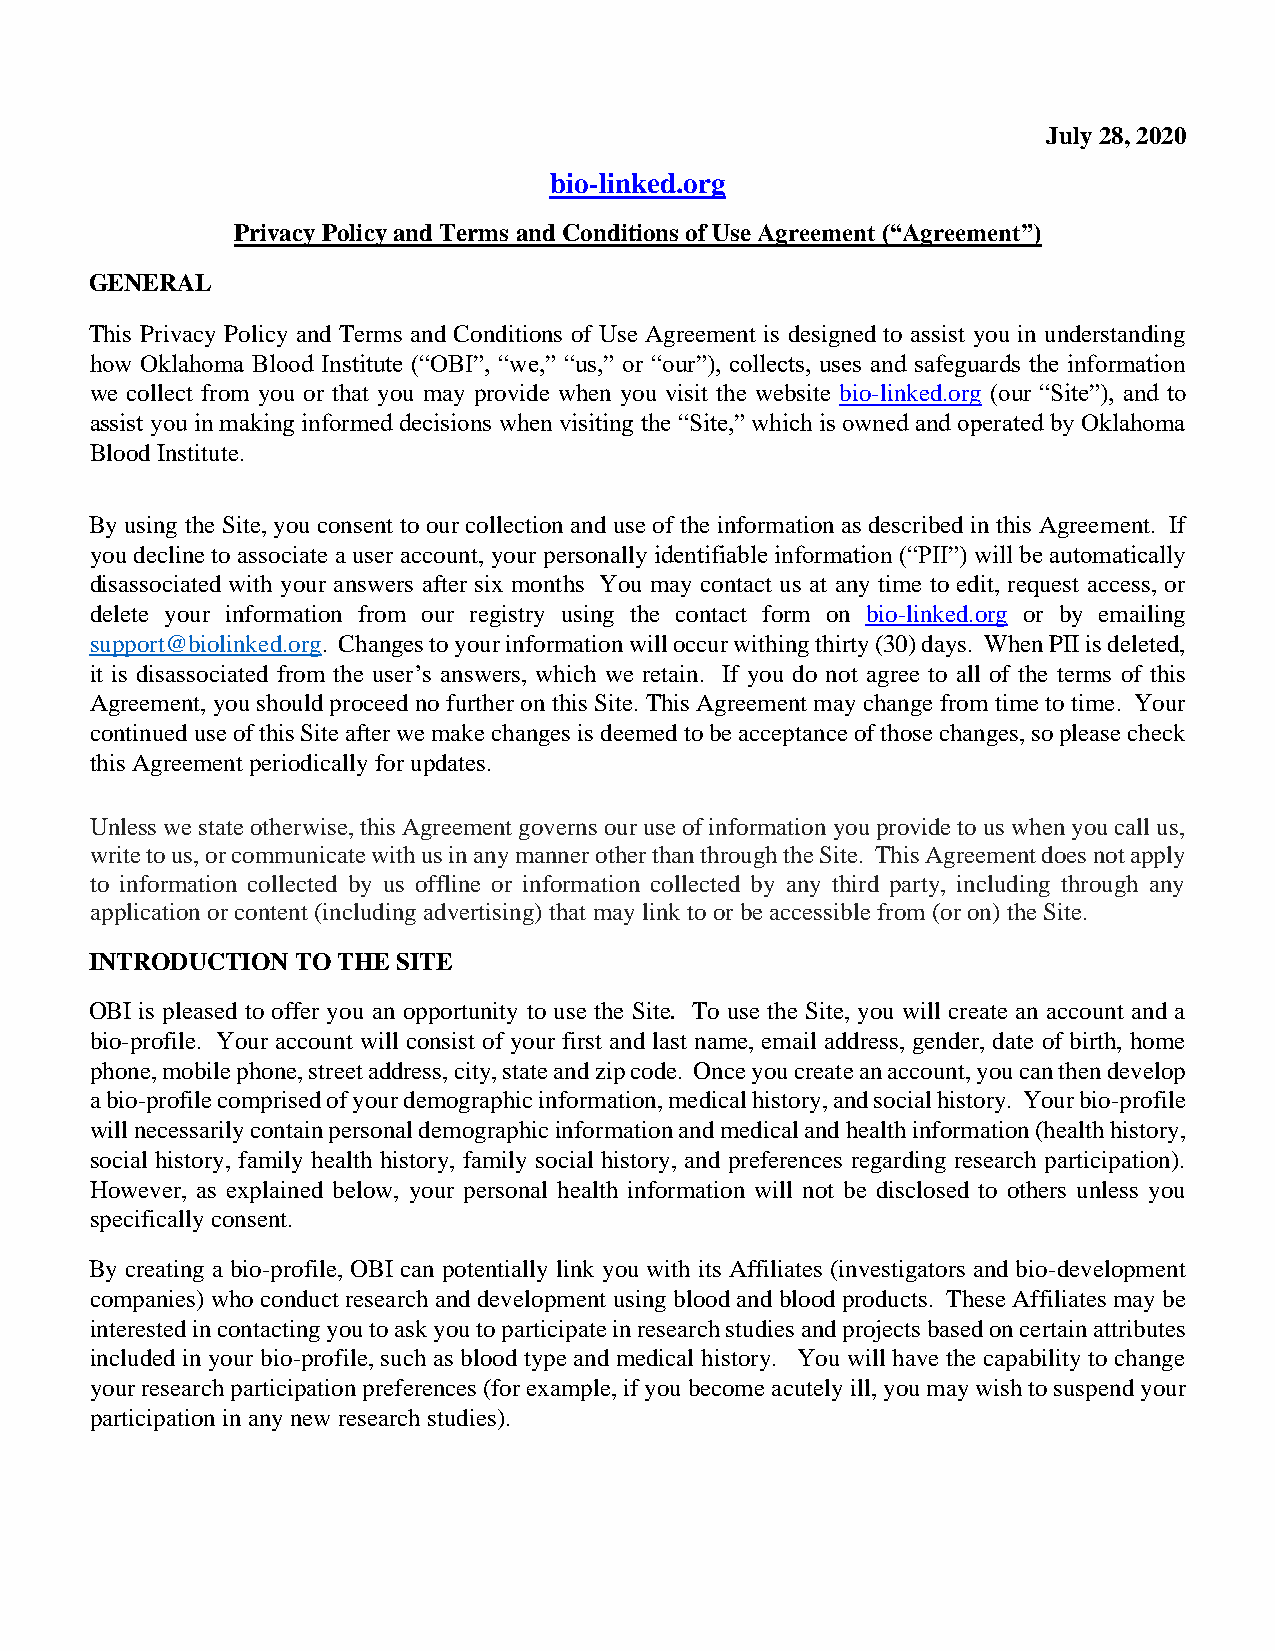
July 28, 2020
 bio-linked.org
 Privacy Policy and Terms and Conditions of Use Agreement (“Agreement”)
 GENERAL
 This Privacy Policy and Terms and Conditions of Use Agreement is designed to assist you in understanding
 how Oklahoma Blood Institute (“OBI”, “we,” “us,” or “our”), collects, uses and safeguards the information
 we collect from you or that you may provide when you visit the website bio-linked.org (our “Site”), and to
 assist you in making informed decisions when visiting the “Site,” which is owned and operated by Oklahoma
 Blood Institute.
 By using the Site, you consent to our collection and use of the information as described in this Agreement. If
 you decline to associate a user account, your personally identifiable information (“PII”) will be automatically
 disassociated with your answers after six months You may contact us at any time to edit, request access, or
 delete your information from our registry using the contact form on bio-linked.org or by emailing
 support@biolinked.org. Changes to your information will occur withing thirty (30) days. When PII is deleted,
 it is disassociated from the user’s answers, which we retain. If you do not agree to all of the terms of this
 Agreement, you should proceed no further on this Site. This Agreement may change from time to time. Your
 continued use of this Site after we make changes is deemed to be acceptance of those changes, so please check
 this Agreement periodically for updates.
 Unless we state otherwise, this Agreement governs our use of information you provide to us when you call us,
 write to us, or communicate with us in any manner other than through the Site. This Agreement does not apply
 to information collected by us offline or information collected by any third party, including through any
 application or content (including advertising) that may link to or be accessible from (or on) the Site.
 INTRODUCTION  TO THE SITE
 OBI is pleased to offer you an opportunity to use the Site. To use the Site, you will create an account and a
 bio-profile. Your account will consist of your first and last name, email address, gender, date of birth, home
 phone, mobile phone, street address, city, state and zip code. Once you create an account, you can then develop
 a bio-profile comprised of your demographic information, medical history, and social history. Your bio-profile
 will necessarily contain personal demographic information and medical and health information (health history,
 social history, family health history, family social history, and preferences regarding research participation).
 However, as explained below, your personal health information will not be disclosed to others unless you
 specifically consent.
 By creating a bio-profile, OBI can potentially link you with its Affiliates (investigators and bio-development
 companies) who conduct research and development using blood and blood products. These Affiliates may be
 interested in contacting you to ask you to participate in research studies and projects based on certain attributes
 included in your bio-profile, such as blood type and medical history. You will have the capability to change
 your research participation preferences (for example, if you become acutely ill, you may wish to suspend your
 participation in any new research studies).